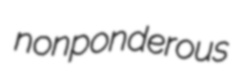
nonponderous